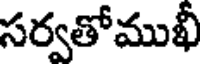
సర్వతోముఖీ